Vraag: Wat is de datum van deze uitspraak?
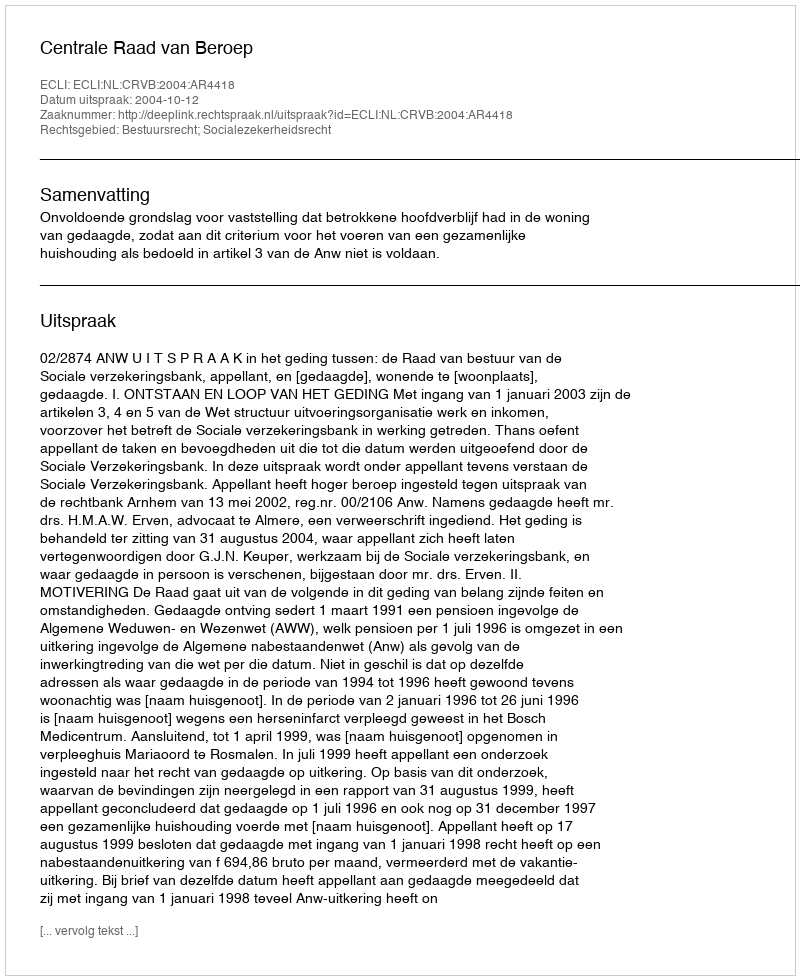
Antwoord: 2004-10-12